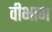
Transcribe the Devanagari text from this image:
वीभाग